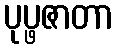
ပုပ္ဖဇာတာ